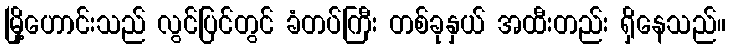
မြို့ဟောင်းသည် လွင်ပြင်တွင် ခံတပ်ကြီး တစ်ခုနှယ် အထီးတည်း ရှိနေသည်။